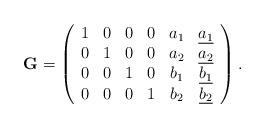
LaTeX: \begin{align*}\mathbf{G}=\left(\begin{array}{cccccc}1 & 0 & 0 & 0 & a_1 &\underline{a_1}\\0 & 1 & 0 & 0 & a_2 &\underline{a_2}\\0 & 0 & 1 & 0 & b_1 &\underline{b_1}\\0 & 0 & 0 & 1 & b_2 &\underline{b_2}\end{array}\right).\end{align*}